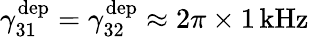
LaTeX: \gamma_{31}^{\mathrm{dep}}=\gamma_{32}^{\mathrm{dep}}\approx 2\pi\times 1\, \mathrm{kHz}